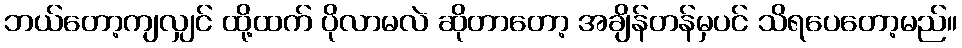
ဘယ်တော့ကျလျှင် ထို့ထက် ပိုလာမလဲ ဆိုတာတော့ အချိန်တန်မှပင် သိရပေတော့မည်။